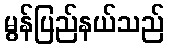
မွန်ပြည်နယ်သည်